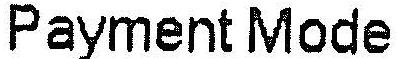
PAYMENT MODE